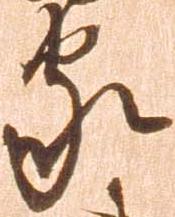
家